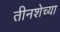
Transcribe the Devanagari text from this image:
तीनशेच्या